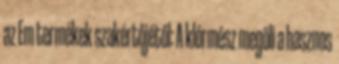
az Em termékek szakértőjétől: A klórmész megöli a hasznos